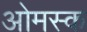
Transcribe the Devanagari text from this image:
ओमस्क